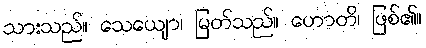
သားသည်။ သေယျော၊ မြတ်သည်။ ဟောတိ၊ ဖြစ်၏။